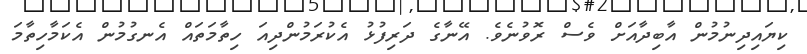
ކިޔައިދިނުމުން އާބިދާއަށް ވެސް ރޮވުނެވެ. އޭނާގެ ދަރިފުޅު އެކުރަމުންދިއަ ހިތާމަތައް އެނގުމުން އެކަމާހިތާމަ